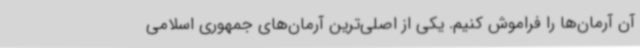
آن آرمان‌ها را فراموش کنیم. یکی از اصلی‌ترین آرمان‌های جمهوری اسلامی